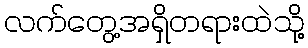
လက်တွေ့အရှိတရားထဲသို့